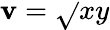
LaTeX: \mathbf{v}={\sqrt{}{{xy}}}